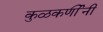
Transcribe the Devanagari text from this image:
कुळकर्णींनी